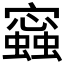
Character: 𧒧